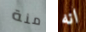
منة انه